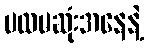
ပထမဆုံးအနေနဲ့